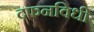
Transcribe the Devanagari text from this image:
दफनविधी